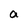
Character: a